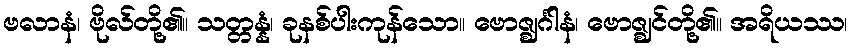
ဗလာနံ၊ ဗိုလ်တို့၏။ သတ္တန္နံ၊ ခုနစ်ပါးကုန်သော။ ဗောဇ္ဈင်္ဂါနံ၊ ဗောဇ္ဈင်တို့၏။ အရိယဿ၊